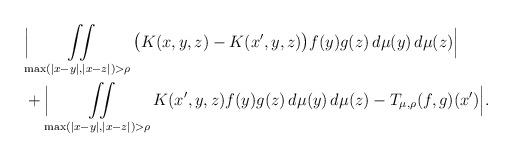
LaTeX: \begin{align*}&\Big| \iint \displaylimits_{\max(|x-y|,|x-z|)>\rho} \big(K(x,y,z)-K(x',y,z) \big) f(y) g(z) \, d\mu(y) \, d\mu(z)\Big| \\&+ \Big| \iint \displaylimits_{\max(|x-y|,|x-z|)>\rho} K(x',y,z) f(y) g(z) \, d\mu(y) \, d\mu(z)-T_{\mu, \rho} ( f , g )(x') \Big|.\end{align*}